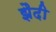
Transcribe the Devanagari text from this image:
झैदी